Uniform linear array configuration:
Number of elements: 48
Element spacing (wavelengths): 0.75
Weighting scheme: kaiser
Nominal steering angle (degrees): -60
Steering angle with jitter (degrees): -59.347
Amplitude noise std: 0.05
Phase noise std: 0.05

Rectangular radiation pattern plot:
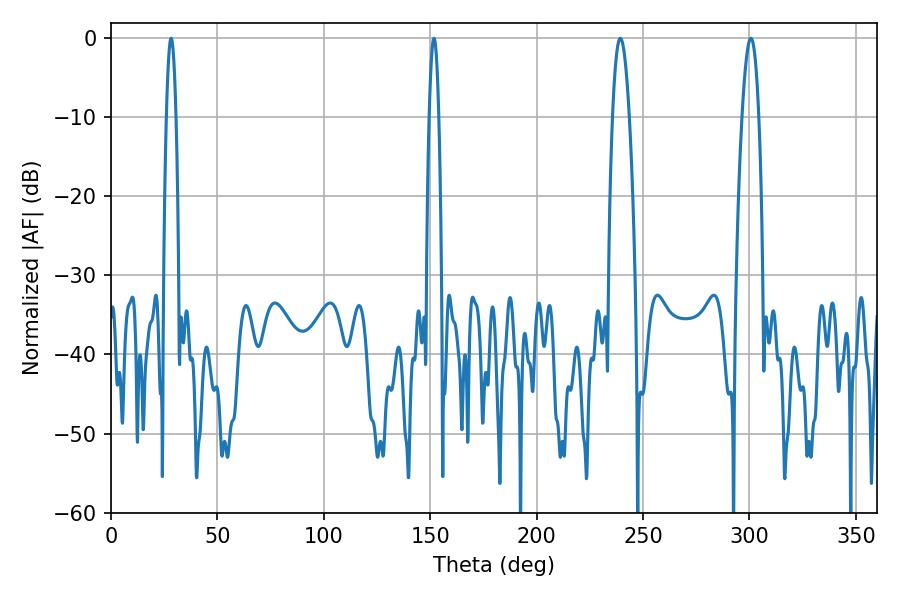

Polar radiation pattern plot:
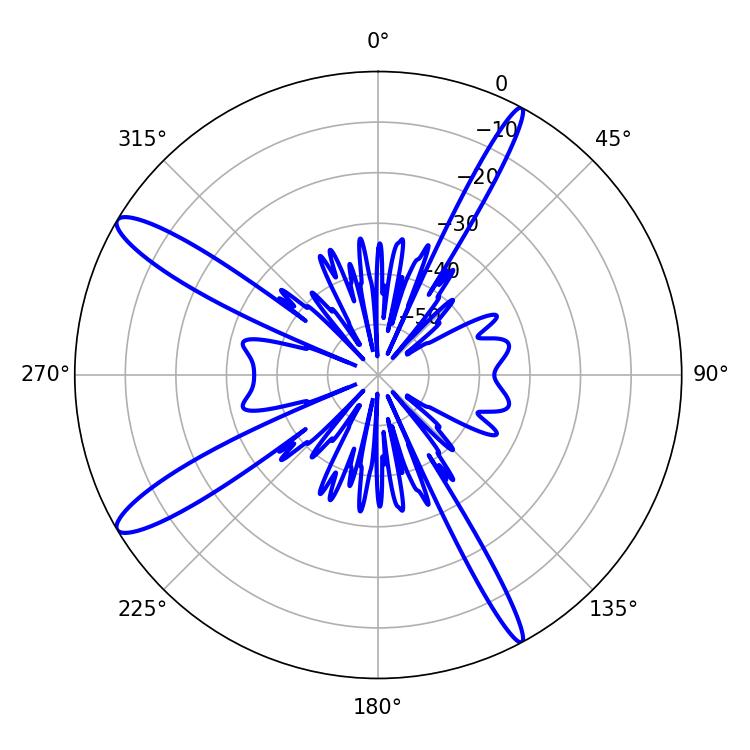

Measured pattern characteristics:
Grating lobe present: TRUE
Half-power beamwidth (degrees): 2.52
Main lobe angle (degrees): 28.26